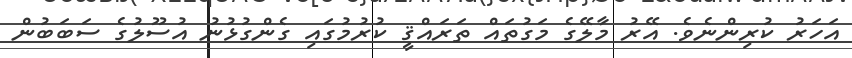
އަހަރު ކުރިންނެވެ. އޭރު މާލޭގެ މަގުތައް ތަރައްޤީ ކުރުމުގައި ގެންގުޅުނު އުސޫލުގެ ސަބަބުން